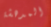
المدهشة